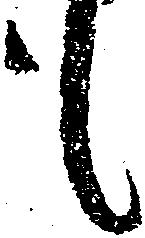
も